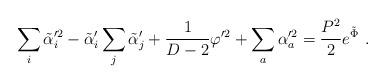
LaTeX: \begin{align*}\sum_i \tilde\alpha_i^{\prime2} - \tilde\alpha_i'\sum_j\tilde\alpha_j' + {1\over D-2} \varphi^{\prime2} + \sum_a \alpha_a^{\prime2} = {P^2 \over 2} e^{\tilde\Phi} \ .\end{align*}